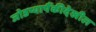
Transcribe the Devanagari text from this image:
जोडप्यापैंकीदेखील